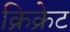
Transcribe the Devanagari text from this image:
क्रिक्रेट